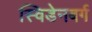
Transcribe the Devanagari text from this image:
स्विडेनबर्ग